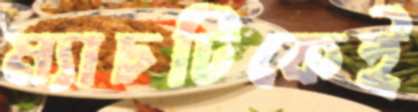
ম্যাচটিকেই